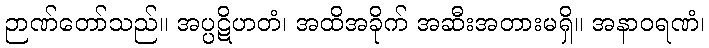
ဉာဏ်တော်သည်။ အပ္ပဋိဟတံ၊ အထိအခိုက် အဆီးအတားမရှိ။ အနာဝရဏံ၊